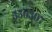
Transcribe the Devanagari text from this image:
५५६३०७